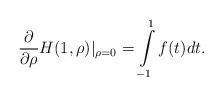
LaTeX: \begin{align*}\frac{\partial}{\partial \rho}H(1,\rho)|_{\rho=0}=\int\limits_{-1}^1f(t)dt. \end{align*}